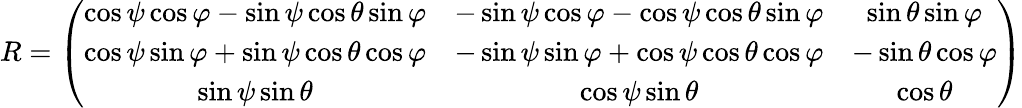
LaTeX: \begin{array}{r}{R=\left(\begin{array}{ccc}{\cos\psi\cos\varphi-\sin\psi\cos\theta\sin\varphi}&{-\sin\psi\cos\varphi-\cos\psi\cos\theta\sin\varphi}&{\sin\theta\sin\varphi}\\ {\cos\psi\sin\varphi+\sin\psi\cos\theta\cos\varphi}&{-\sin\psi\sin\varphi+\cos\psi\cos\theta\cos\varphi}&{-\sin\theta\cos\varphi}\\ {\sin\psi\sin\theta}&{\cos\psi\sin\theta}&{\cos\theta}\end{array}\right)}\end{array}